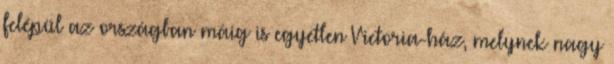
felépül az országban máig is egyetlen Victoria-ház, melynek nagy